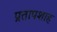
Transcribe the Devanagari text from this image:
प्रतापशाह